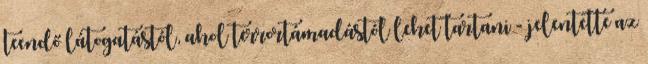
teendő látogatástól, ahol terrortámadástól lehet tartani - jelentette az